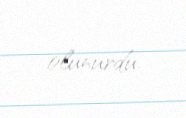
olunurdu.